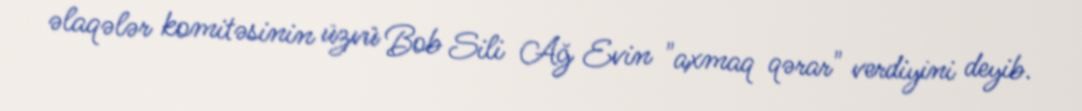
əlaqələr komitəsinin üzvü Bob Sili Ağ Evin "axmaq qərar" verdiyini deyib.